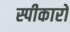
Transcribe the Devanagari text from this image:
स्पीकारों